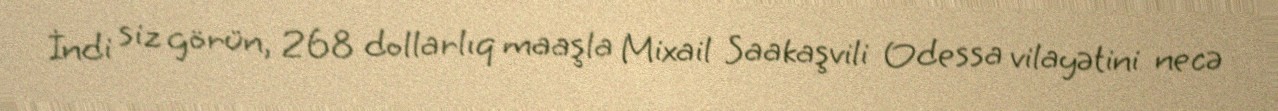
İndi siz görün, 268 dollarlıq maaşla Mixail Saakaşvili Odessa vilayətini necə